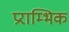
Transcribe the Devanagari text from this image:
प्रराम्भिक